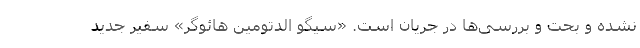
نشده و بحت و بررسی‌ها در جریان است. «سیگو الدتومین هائوگر» سفیر جدید